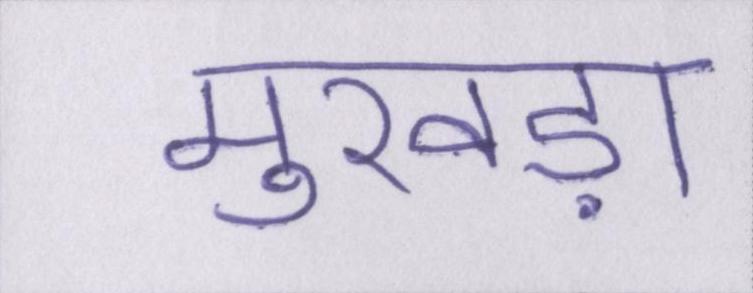
मुखड़ा